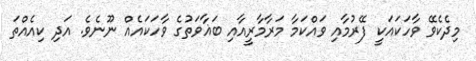
މިދެކެވޭ ވާހަކައަކީ ފޭރުމާއި ވައްކަމާ މަރާމާރީއާއި ބަޣާވަތުގެ ވާހަކައެއް ނޫނެވެ. އަދި ކިއެއްތަ